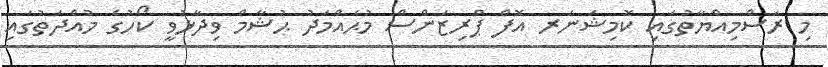
މި ރަސްމިއްޔާތުގައި ކޮމިޝަނަރ އޮފް ޕްރިޒަންސް މުޙައްމަދު ޙުޝާމް ވިދާޅުވީ ކޯހުގެ މުއްދަތުގައި